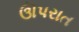
ઊપરાત